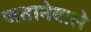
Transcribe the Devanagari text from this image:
जतानेवाले